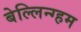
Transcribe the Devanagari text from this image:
बेल्लिन्ग्हम